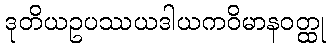
ဒုတိယဥပဿယဒါယကဝိမာနဝတ္ထု